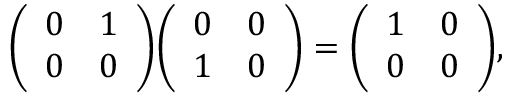
{ \left( \begin{array} { l l } { 0 } & { 1 } \\ { 0 } & { 0 } \end{array} \right) } { \left( \begin{array} { l l } { 0 } & { 0 } \\ { 1 } & { 0 } \end{array} \right) } = { \left( \begin{array} { l l } { 1 } & { 0 } \\ { 0 } & { 0 } \end{array} \right) } ,